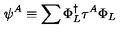
\psi ^ { A } \equiv \sum \Phi _ { L } ^ { \dagger } \tau ^ { A } \Phi _ { L }